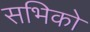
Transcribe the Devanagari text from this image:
सभिको